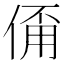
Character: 𠋊